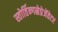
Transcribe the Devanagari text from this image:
स्तोर्तिन्गस्रेप्रेजेंतेटर